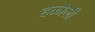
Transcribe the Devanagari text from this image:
हळोली